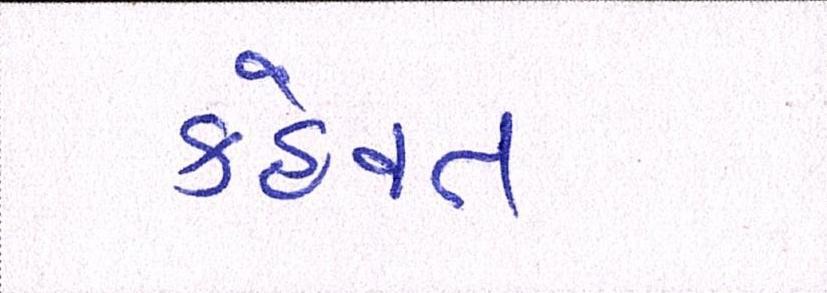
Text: કહેવત